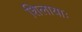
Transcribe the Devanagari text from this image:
शिलायाः